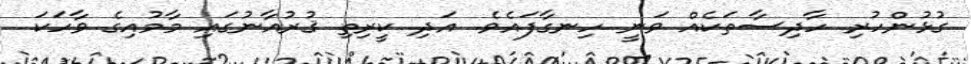
ގުޅުންހުރި ހާދިސާތަކެއް ވަނީ ހިނގާފައެވެ. އަދި ކީރިތި ޤުރުއާނުގައި މާމުއިގެ ވާހަކަ